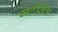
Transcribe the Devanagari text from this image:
जटीतंत्र